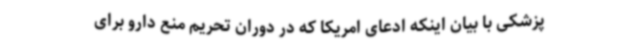
پزشکی با بیان اینکه ادعای امریکا که در دوران تحریم منع دارو برای